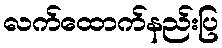
လက်ထောက်နည်းပြ